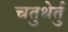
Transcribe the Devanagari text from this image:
चतुथेर्तु